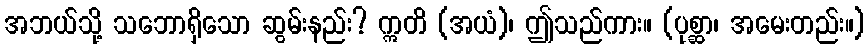
အဘယ်သို့ သဘောရှိသော ဆွမ်းနည်း? ဣတိ (အယံ)၊ ဤသည်ကား။ (ပုစ္ဆာ၊ အမေးတည်း။)